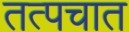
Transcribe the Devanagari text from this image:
तत्पचात